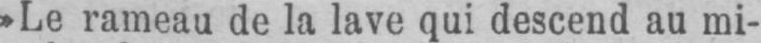
»Le rameau de la lave qui descend au mi-